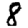
Digit: 8